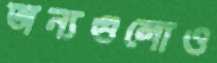
অন্যগুলোও